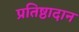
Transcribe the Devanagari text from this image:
प्रतिष्ठादान